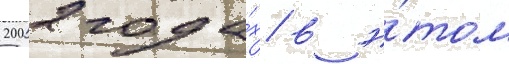
2002 года́х в э́том